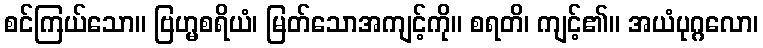
စင်ကြယ်သော။ ဗြဟ္မစရိယံ၊ မြတ်သောအကျင့်ကို။ စရတိ၊ ကျင့်၏။ အယံပုဂ္ဂလော၊